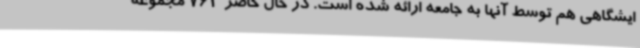
ایشگاهی هم توسط آنها به جامعه ارائه شده است. در حال حاضر 763 مجموعه